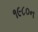
૧૯૮૦ન